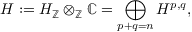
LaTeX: H : = H _ { \mathbb { Z } } \otimes _ { \mathbb { Z } } \mathbb { C } = \bigoplus _ { p + q = n } H ^ { p , q } ,